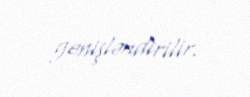
genişləndirilir.